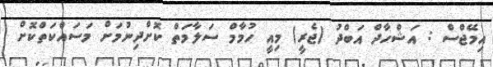
އިމޭޖްސް : އަޝްހާދް އަބްދު (ޖެރީ) މިއީ ހުމާމް ސަލާމަތް ކޮށްދިނުމަށް މަސައްކަތްކޮށް